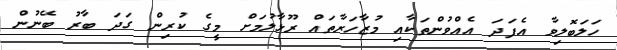
ހަލަބޮލިވާ އެފަދަ އެއްވުންތަކާއި މުޒާހަރާތައް ރޫޅާލުމަށް މީގެ ކުރިން ގަދަ ބާރު ބޭނުން